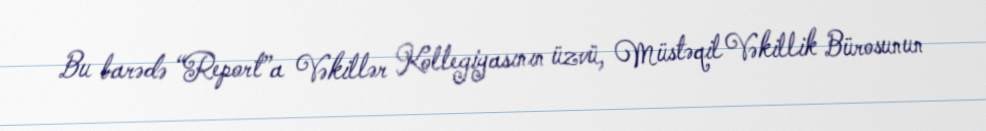
Bu barədə “Report”a Vəkillər Kollegiyasının üzvü, Müstəqil Vəkillik Bürosunun